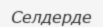
Селдерде